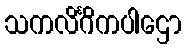
သကလိင်္ဂိကပါဌော